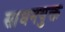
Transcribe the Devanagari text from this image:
साधनयुक्त